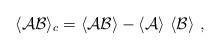
LaTeX: \begin{align*} \langle {\cal A}{\cal B} \rangle_c = \langle {\cal A}{\cal B} \rangle - \langle {\cal A} \rangle~\langle {\cal B} \rangle~,\end{align*}